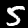
Label: 5